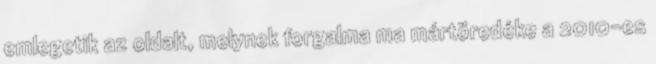
emlegetik az oldalt, melynek forgalma ma mártöredéke a 2010-es